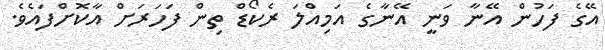
އޭގެ ފަހުން އޭނާ ވަނީ އޭނާގެ އަމިއްލަ ރެކޯޑް ތިން ފަހަރަށް އާކޮށްފައެވެ.